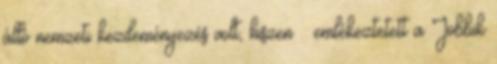
álló nemzeti kezdeményezés volt, hiszen – emlékeztetett a Jobbik